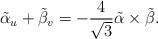
LaTeX: \begin{align*}\tilde\alpha_u+\tilde\beta_v=-\frac{4}{\sqrt 3} \tilde\alpha \times \tilde\beta.\end{align*}